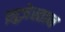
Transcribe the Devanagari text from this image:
ख़ुज़ेस्तान